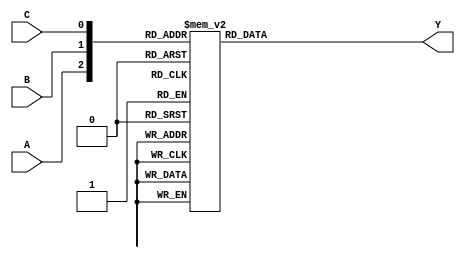
module dec3_8_behav(A,B,C,Y);
input A,B,C;
output reg [7:0]Y;
always @(*)
begin
case({A,B,C})
3'b000 : Y = 8'b00000001;
3'b001 : Y = 8'b00000010;
3'b010 : Y = 8'b00000100;
3'b011 : Y = 8'b00001000;
3'b100 : Y = 8'b00010000;
3'b101 : Y = 8'b00100000;
3'b110 : Y = 8'b01000000;
3'b111 : Y = 8'b10000000;
default : Y = 8'b00000000;
endcase
end
endmodule